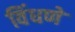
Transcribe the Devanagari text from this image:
विंधणे